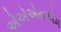
એએએસએમ